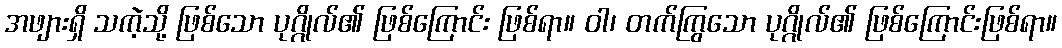
အဖျားရှိ သကဲ့သို့ ဖြစ်သော ပုဂ္ဂိုလ်၏ ဖြစ်ကြောင်း ဖြစ်ရာ။ ဝါ၊ တက်ကြွသော ပုဂ္ဂိုလ်၏ ဖြစ်ကြောင်းဖြစ်ရာ။